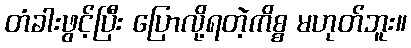
တံခါးဖွင့်ပြီး ပြောလို့ရတဲ့ကိစ္စ မဟုတ်ဘူး။